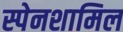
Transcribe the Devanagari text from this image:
स्पेनशामिल